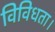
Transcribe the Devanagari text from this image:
विविधता।